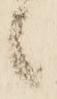
候